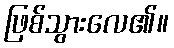
ဖြစ်သွားလေ၏။